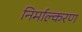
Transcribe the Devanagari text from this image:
निर्माल्करण